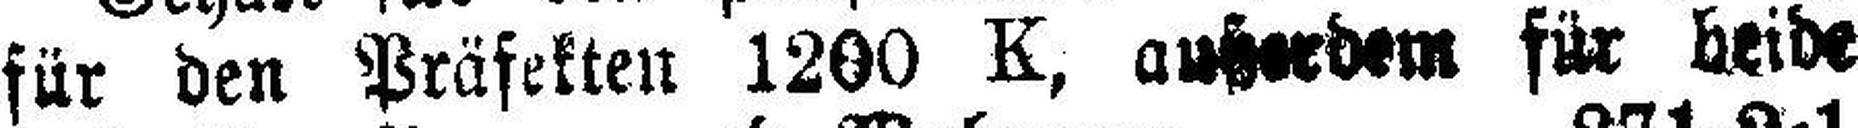
für den Präfekten 1200 K, außerdem für beide